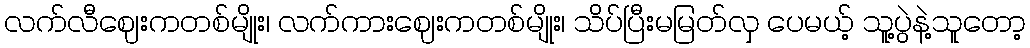
လက်လီဈေးကတစ်မျိုး၊ လက်ကားဈေးကတစ်မျိုး၊ သိပ်ပြီးမမြတ်လှ ပေမယ့် သူ့ပွဲနဲ့သူတော့